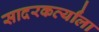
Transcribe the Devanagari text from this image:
सादरकर्त्यांला